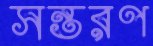
সন্তরণ